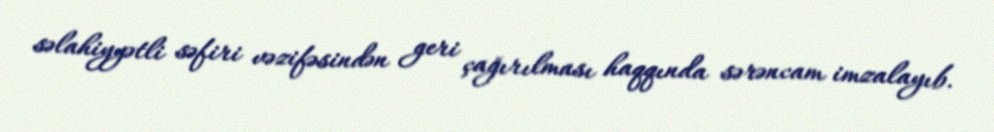
səlahiyyətli səfiri vəzifəsindən geri çağırılması haqqında sərəncam imzalayıb.